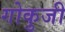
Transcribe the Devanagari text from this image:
गोकुजी